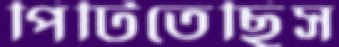
পিটিতেছিস